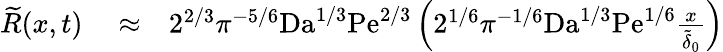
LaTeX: \begin{array}{rlr}{\widetilde{R}(x,t)}&{{}\approx}&{2^{2/3}\pi^{-5/6}\textrm{Da}^{1/3}\textrm{Pe}^{2/3}\left(2^{1/6}\pi^{-1/6}\textrm{Da}^{1/3}\textrm{Pe}^{1/6}\frac{x}{\widetilde{\delta}_{0}}\right)}\end{array}